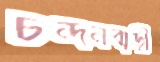
চন্দনবাড়ী